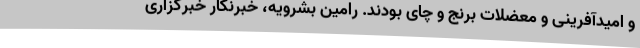
و امیدآفرینی و معضلات برنج و چای بودند. رامین بشرویه، خبرنگار خبرگزاری